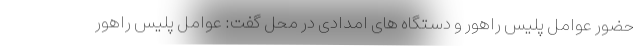
حضور عوامل پلیس راهور و دستگاه های امدادی در محل گفت: عوامل پلیس راهور